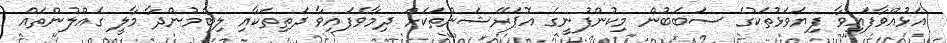
އަޅުއްވާފައިވާ ފިޔަވަޅުތަކުގެ ސަބަބުން މިކުންފުނީގެ އޮޕަރޭޝަންތަކަށް ދިމާވެފައިވާ ދަތިތަކާއި ލިބެމުންދާ މާލީ ގެއްލުންތައް